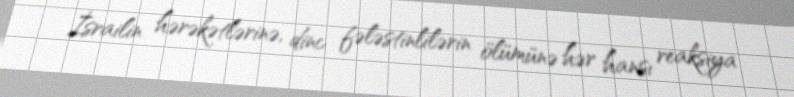
İsrailin hərəkətlərinə, dinc fələstinlilərin ölümünə hər hansı reaksiya